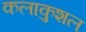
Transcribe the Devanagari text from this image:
कलाकुशल